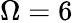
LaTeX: \Omega=6